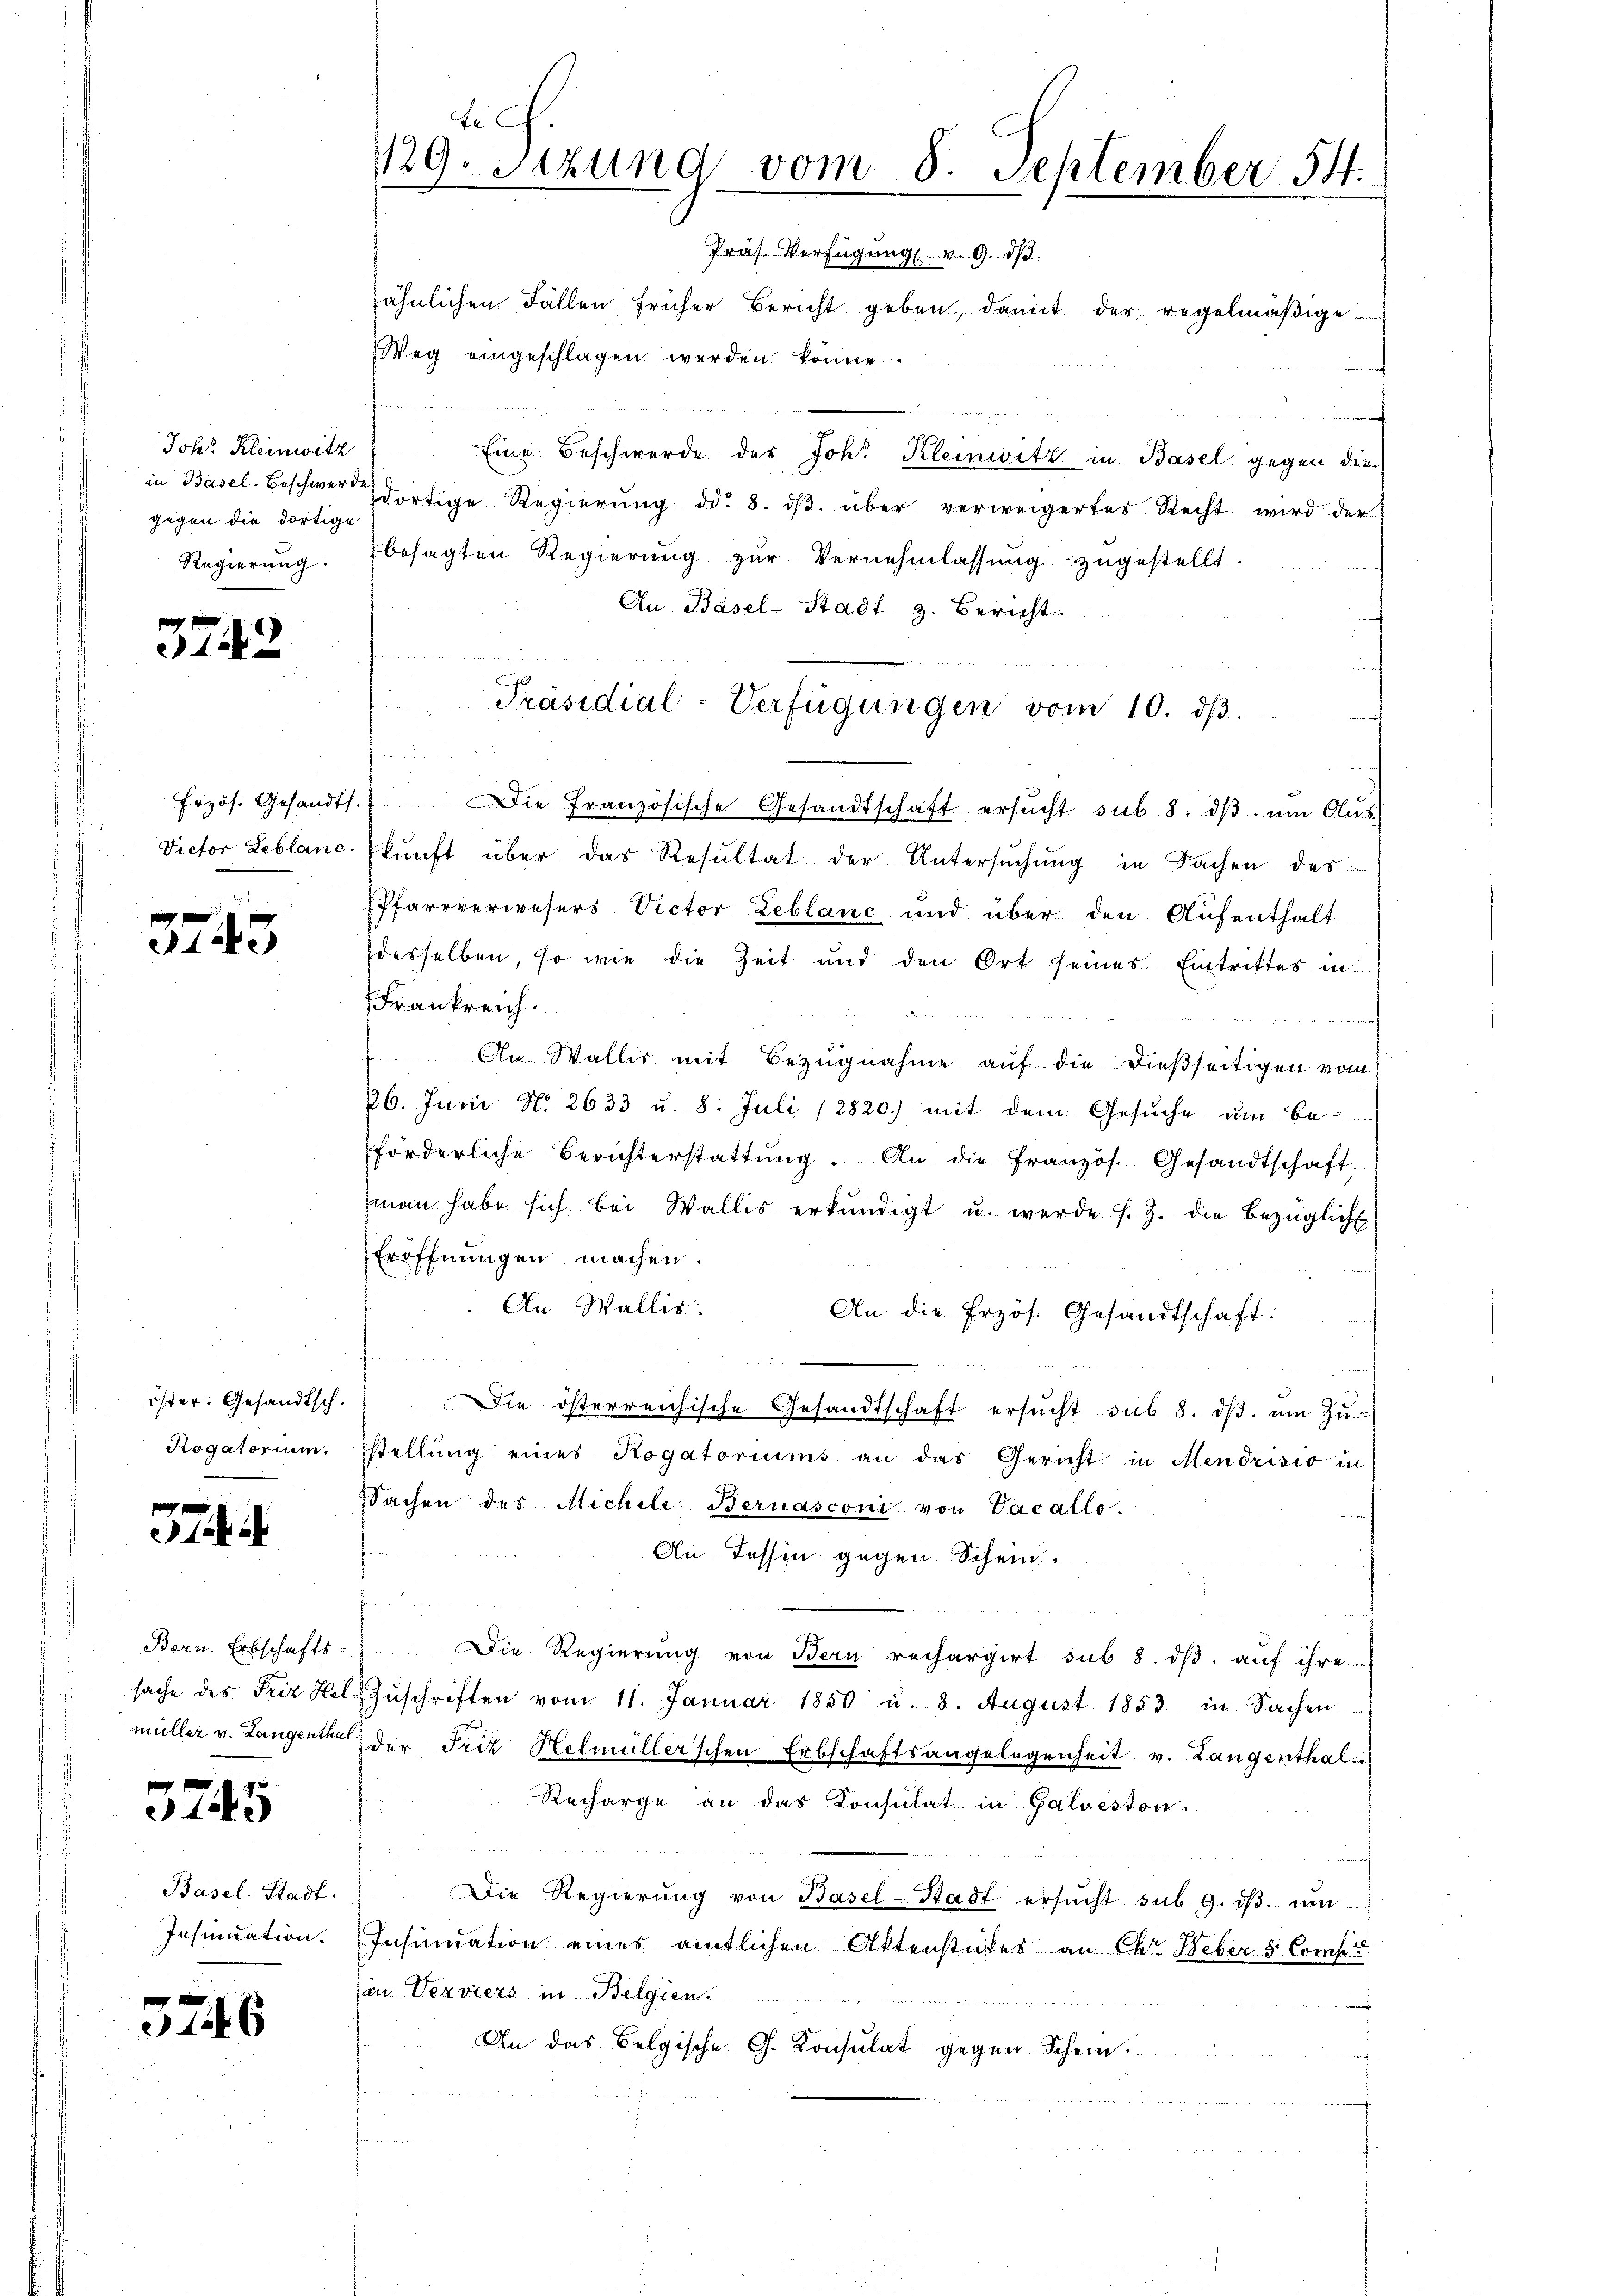
Johs. Kleinwitz
gegen die dortige
Regierung.

3742

Victor Leblanc

3743

öster. Gesandtsch.
Rogatorium.

37

Bern. Erbschafts-
sache des Friz Halmüller v. Langenthal

3745

Basel-Stadt.
Insinuation.

5746

tech
129. Sitzung vom 8. September 54.
Präs. Verfügung v. 9. ds.

sähnlichen Fällen früher Bericht geben, damit der regelmäβige
Weg eingeschlagen werden könne.

Eine Beschwerde des Joh. Kleinwitz in Basel gegen die
in Basel. beschwere dortige Regierŭng dd. 8. dβ über verweigertes Recht wird der
besagten Regierung zur Vernehmlassung zugestellt.
Au Basel-Stadt z. Bericht.
n
d
2
frzös. Gesandts. Die französische Gesandtschaft ersŭcht sub 8. dβ. ŭm Aŭs
kŭnft über das Resultat der Untersŭchŭng in Sachen des
Pfarrverwesers Victor Leblanc und über den Aufenthalt
desselben, so wie die Zeit und den Ort seines Eintrittes in
Frankreich.
 an damit
An Wallis mit Bezugnahme auf die dießseitigen vom
26. Juni No. 2633 u. 8. Juli 12820.) mit dem Gesŭche ŭm be-
förderliche Berichterstattŭng. An die französ. Gesandtschaft
man habe sich bei Wallis erkundigt u. werde s. Z. die bezüglich
Eröffnungen machen.
An Wallis.
An die Erzös. Gesandtschaft:
Die österreichische Gesandtschaft ersŭcht sub 8. dβ. ŭm Zŭ-
stellŭng eines Rogatoriums an das Gericht in Mendrisio in
Sachen des Michele Bernasconi von Vacallo.
An. Tessin gegen Schein.
Die Regierung von Bern rechargirt sub 8. dβ aŭf ihre
Zŭschriften vom 11. Januar 1850 u. 8. August 1853 in Sachen
der Friz Helmüller'schen Erbschaftsangelegenheit v. Langenthal¬
Recharge an das Konsulat in Galveston.
Die Regierŭng von Basel-Stadt ersŭcht sub. 9. dβ. ŭm
Insinuation eines amtlichen Aktenstückes an Chr. Weber 3. Comp
in Verviers in Belgien.
An das Belgische G. Konsulat gegen Schein

zu überlebt. Er in de
Präsidial-Verfügungen vom 10. ds.